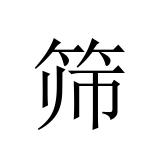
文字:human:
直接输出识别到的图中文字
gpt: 筛